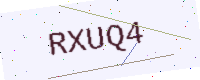
Text: RXUQ4